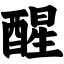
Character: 醒